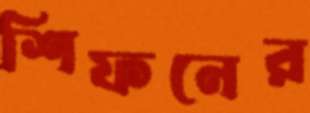
শিফনের